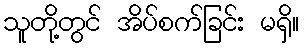
သူတို့တွင် အိပ်စက်ခြင်း မရှိ။